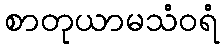
စာတုယာမသံဝရံ